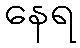
နေရ